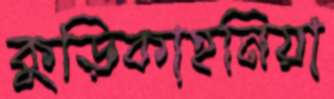
কুড়িকাহনিয়া